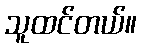
သူထင်တယ်။